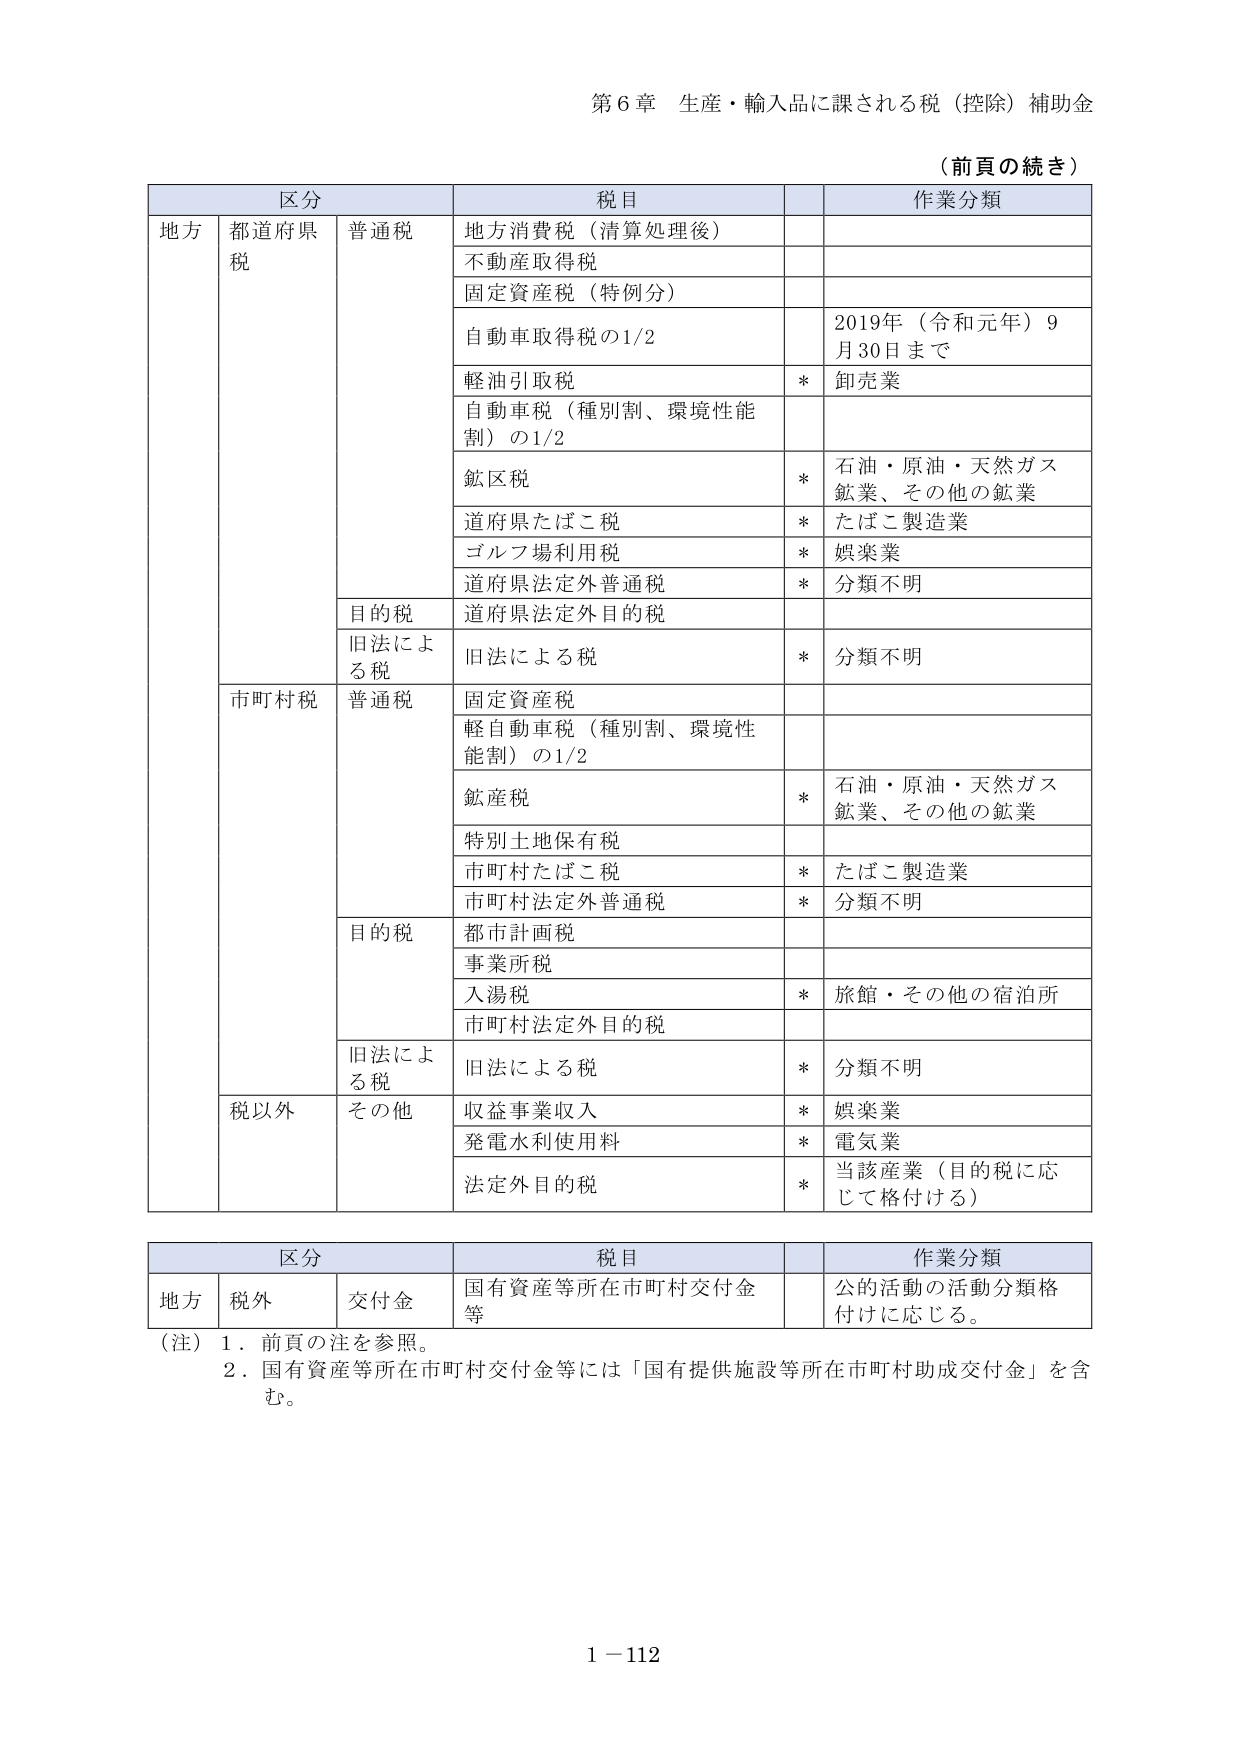
第６章 生産・輸入品に課される税（控除）補助金

（前頁の続き）

区分 税目 作業分類
地方 都道府県税 普通税 地方消費税（清算処理後）
不動産取得税
固定資産税（特例分）
自動車取得税の1/2 2019年（令和元年）9月30日まで
軽油引取税 * 卸売業
自動車税（種別割、環境性能割）の1/2
鉱区税 * 石油・原油・天然ガス鉱業、その他の鉱業
道府県たばこ税 * たばこ製造業
ゴルフ場利用税 * 娯楽業
道府県法定外普通税 * 分類不明
目的税 道府県法定外目的税
旧法による税 旧法による税 * 分類不明
市町村税 普通税 固定資産税
軽自動車税（種別割、環境性能割）の1/2
鉱産税 * 石油・原油・天然ガス鉱業、その他の鉱業
特別土地保有税
市町村たばこ税 * たばこ製造業
市町村法定外普通税 * 分類不明
目的税 都市計画税
事業所税
入湯税 * 旅館・その他の宿泊所
市町村法定外目的税
旧法による税 旧法による税 * 分類不明
税以外 その他 収益事業収入 * 娯楽業
発電水利使用料 * 電気業
法定外目的税 * 当該産業（目的税に応じて格付ける）

区分 税目 作業分類
地方 税外 交付金 国有資産等所在市町村交付金等 公的活動の活動分類格付けに応じる。

（注）１．前頁の注を参照。
２．国有資産等所在市町村交付金等には「国有提供施設等所在市町村助成交付金」を含む。

1－112